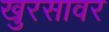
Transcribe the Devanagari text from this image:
खुरसावर